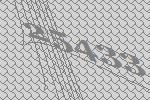
25433